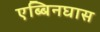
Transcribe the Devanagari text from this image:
एब्बिनघास